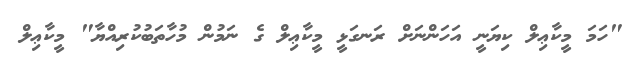
"ހަމަ މީކާޢިލް ކިޔަނީ އަހަންނަށް ރަނގަޅީ މީކާޢިލް ގެ ނަމުން މުހާތަބުކުރިއްޔާ" މީކާޢިލް